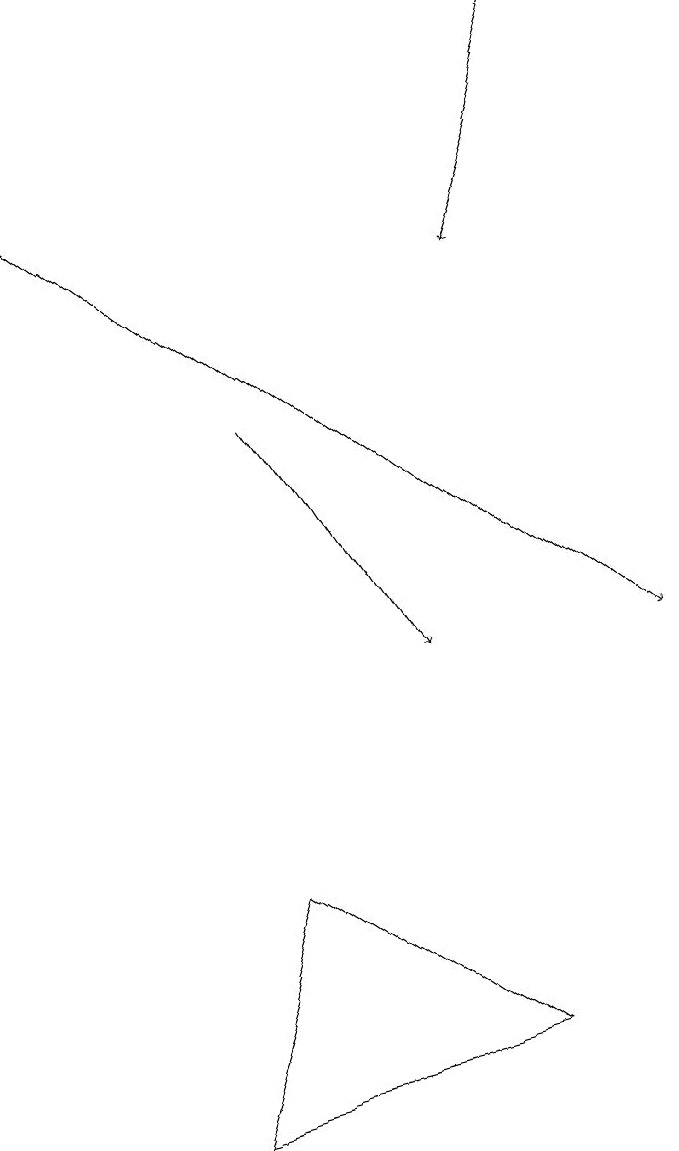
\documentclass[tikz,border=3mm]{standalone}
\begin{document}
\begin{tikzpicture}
\draw[->] (3,14) -- (5,11);
\draw[->] (7,19) -- (6,16);
\draw[->] (0,17) -- (8,11);
\draw (2,5) -- (6,6) -- (3,8) -- cycle;
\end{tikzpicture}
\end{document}